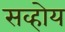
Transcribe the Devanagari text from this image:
सव्होय